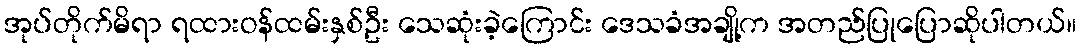
အုပ်တိုက်မိရာ ရထားဝန်ထမ်းနှစ်ဦး သေဆုံးခဲ့ကြောင်း ဒေသခံအချို့က အတည်ပြုပြောဆိုပါတယ်။